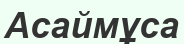
Асаймұса